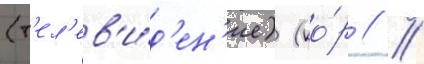
(т'ел'ев'и́д'ен'ие) (ко́р // /